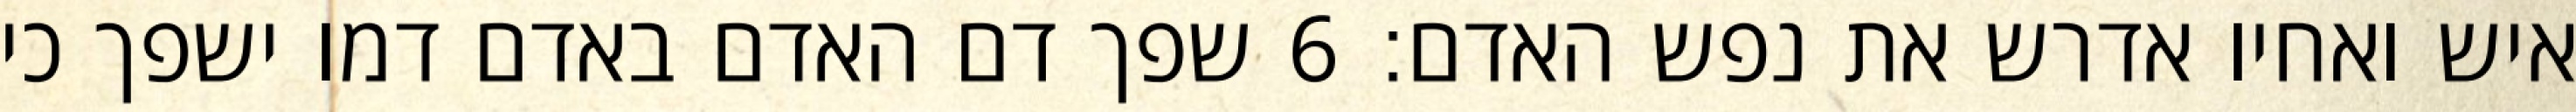
איש ואחיו אדרש את נפש האדם׃ ‎6‏ שפך דם האדם באדם דמו ישפך כי